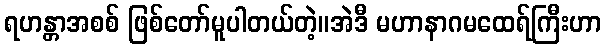
ရဟန္တာအစစ် ဖြစ်တော်မူပါတယ်တဲ့။အဲဒီ မဟာနာဂမထေရ်ကြီးဟာ